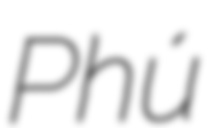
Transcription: Phú